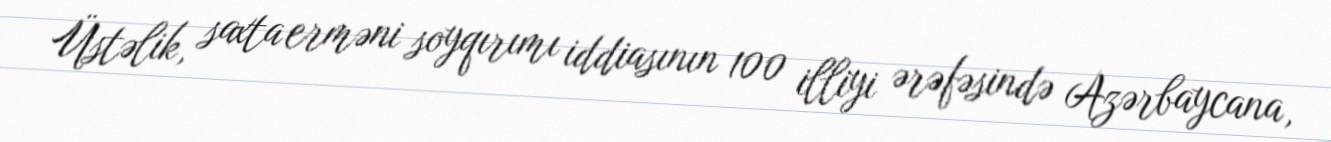
Üstəlik, saxta erməni soyqırımı iddiasının 100 illiyi ərəfəsində Azərbaycana,